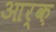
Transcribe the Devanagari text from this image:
आर्क़